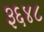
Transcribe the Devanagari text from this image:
३६४८